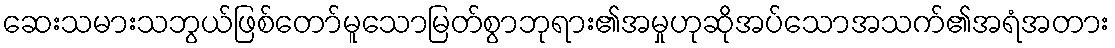
ဆေးသမားသဘွယ်ဖြစ်တော်မူသောမြတ်စွာဘုရား၏အမှုဟုဆိုအပ်သောအသက်၏အရံအတား